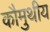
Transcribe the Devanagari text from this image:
कौमुथीय